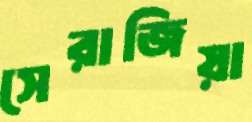
সেরাজিয়া